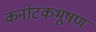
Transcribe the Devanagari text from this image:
कर्नाटकभूषण